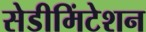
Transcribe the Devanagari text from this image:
सेडीमिंटेशन